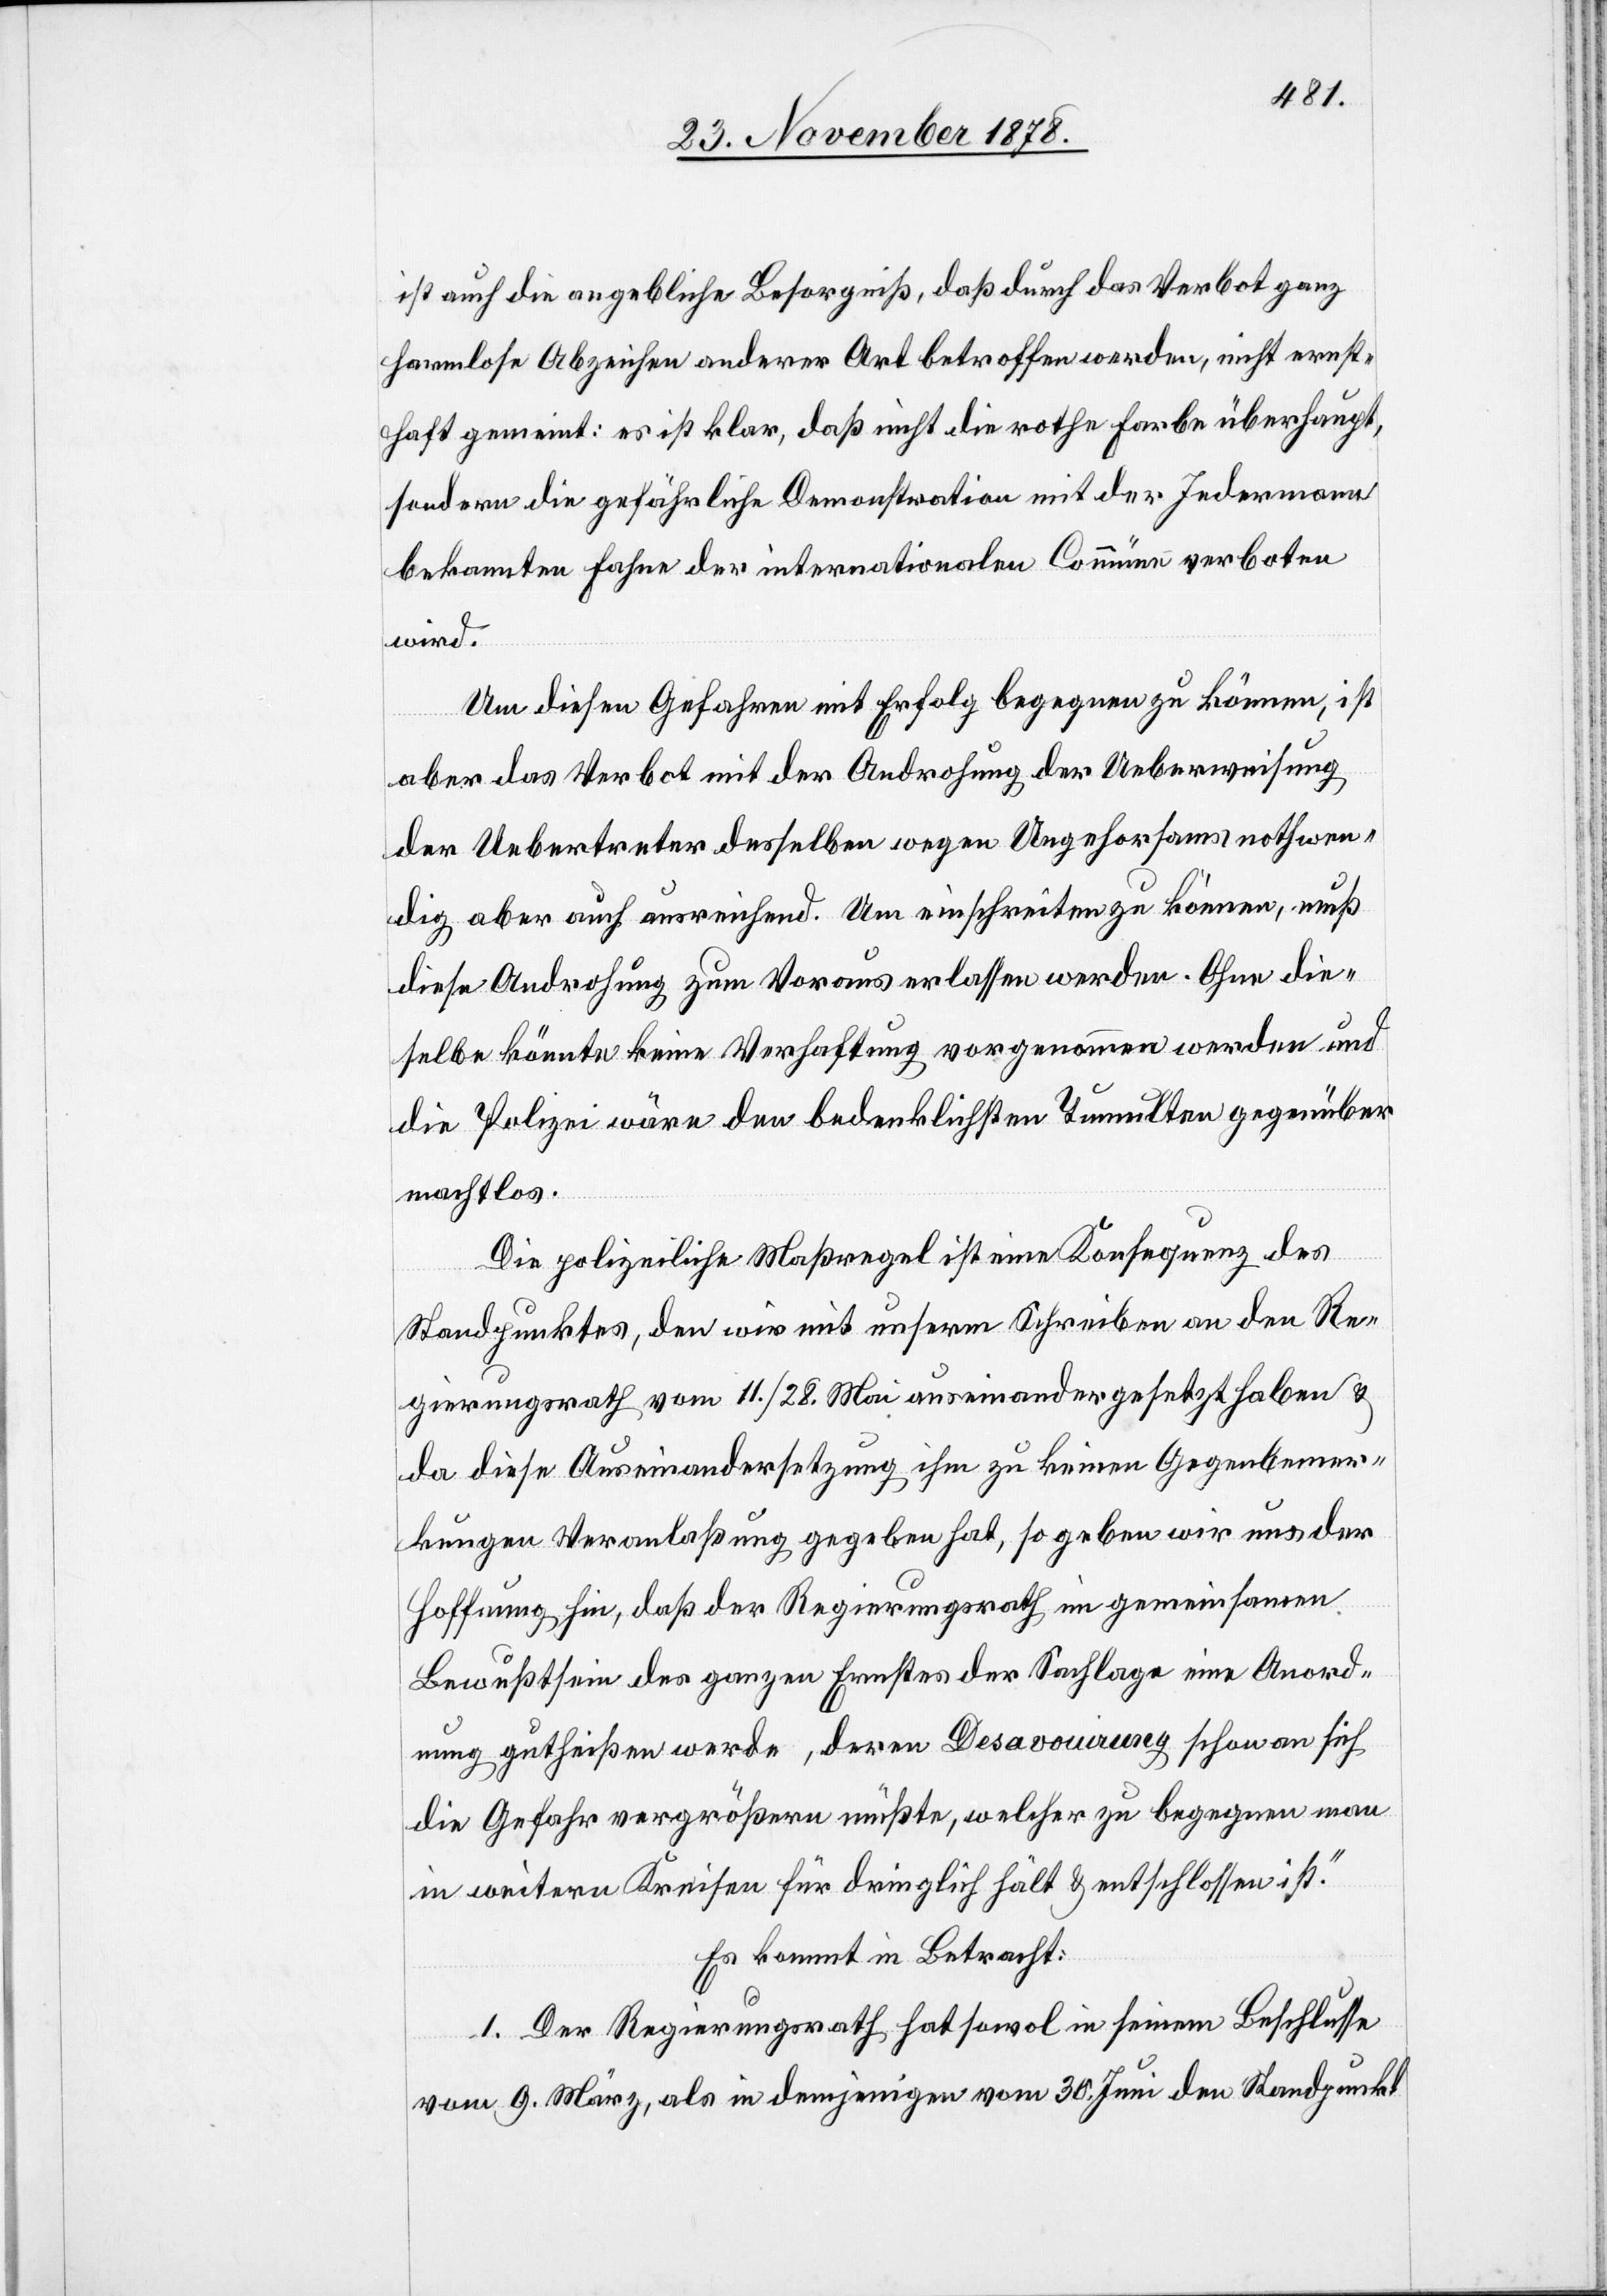
ist auch die angebliche Besorgniß, daß durch das Verbot ganz
harmlose Abzeichen anderer Art betroffen werden, nicht ernst¬
haft gemeint: es ist klar, daß nicht die rothe Farbe überhaupt,
sondern die gefährliche Demonstration mit der Jedermann
bekannten Fahne der internationalen Commüne verboten
wird.
Um diesen Gefahren mit Erfolg begegnen zu können, ist
aber das Verbot mit der Androhung der Ueberweisung
der Uebertreter desselben wegen Ungehorsams nothwen¬
dig aber auch ausreichend. Um einschreiten zu können, muß
diese Androhung zum Voraus erlassen werden. Ohne die¬
selbe könnte keine Verhaftung vorgenommen werden und
die Polizei wäre den bedenklichsten Tumulten gegenüber
machtlos.
Die polizeiliche Maßregel ist eine Konsequenz des
Standpunktes, den wir mit unserm Schreiben an den Re¬
gierungsrath vom 11./28. Mai auseinandergesetzt haben &
da diese Auseinandersetzung ihm zu keinem Gegenbemer¬
kungen Veranlaßung gegeben hat, so geben wir uns der
Hoffnung hin, daß der Regierungsrath im gemeinsamen
Bewußtsein des ganzen Ernstes der Sachlage eine Anord¬
nung gutheißen werde, deren Desavoirung schon an sich
die Gefahr vergrößern müßte, welcher zu begegnen man
in weitern Kreisen für dringlich hält & entschlossen ist.“
Es kommt in Betracht:
1. Der Regierungsrath hat sowol in seinem Beschlusse
vom 9. März, als in demjenigen vom 30. Juni den Standpunkt